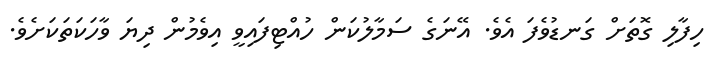
ހިފާލި ގޮތަށް ގަނޑުވެފަ އެވެ. އޭނަގެ ސަމާލުކަން ހުއްޓިފައިވީ އިވެމުން ދިޔަ ވާހަކަތަކަށެވެ.